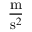
\frac { \operatorname { m } } { \operatorname { s } ^ { 2 } }